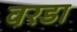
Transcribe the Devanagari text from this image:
वरडा